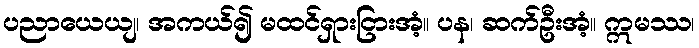
ပညာယေယျ၊ အကယ်၍ မထင်ရှားငြားအံ့။ ပန၊ ဆက်ဦးအံ့။ ဣမဿ၊